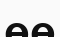
өө